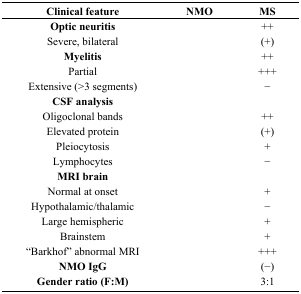
<table><thead><tr><td><b>Clinical feature</b></td><td><b>NMO</b></td><td><b>MS</b></td></tr></thead><tbody><tr><td><b>Optic neuritis</b></td><td>[EMPTY_CELL]</td><td>++</td></tr><tr><td>Severe, bilateral</td><td>[EMPTY_CELL]</td><td>(+)</td></tr><tr><td><b>Myelitis</b></td><td>[EMPTY_CELL]</td><td>++</td></tr><tr><td>Partial</td><td>[EMPTY_CELL]</td><td>+++</td></tr><tr><td>Extensive (&gt;3 segments)</td><td>[EMPTY_CELL]</td><td>−</td></tr><tr><td><b>CSF analysis</b></td><td>[EMPTY_CELL]</td><td>[EMPTY_CELL]</td></tr><tr><td>Oligoclonal bands</td><td>[EMPTY_CELL]</td><td>++</td></tr><tr><td>Elevated protein</td><td>[EMPTY_CELL]</td><td>(+)</td></tr><tr><td>Pleiocytosis</td><td>[EMPTY_CELL]</td><td>+</td></tr><tr><td>Lymphocytes</td><td>[EMPTY_CELL]</td><td>−</td></tr><tr><td><b>MRI brain</b></td><td>[EMPTY_CELL]</td><td>[EMPTY_CELL]</td></tr><tr><td>Normal at onset</td><td>[EMPTY_CELL]</td><td>+</td></tr><tr><td>Hypothalamic/thalamic</td><td>[EMPTY_CELL]</td><td>−</td></tr><tr><td>Large hemispheric</td><td>[EMPTY_CELL]</td><td>+</td></tr><tr><td>Brainstem</td><td>[EMPTY_CELL]</td><td>+</td></tr><tr><td>“Barkhof” abnormal MRI</td><td>[EMPTY_CELL]</td><td>+++</td></tr><tr><td><b>NMO IgG</b></td><td>[EMPTY_CELL]</td><td>(−)</td></tr><tr><td><b>Gender ratio (F:M)</b></td><td>[EMPTY_CELL]</td><td>3:1</td></tr></tbody></table>